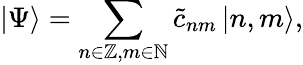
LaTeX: |\Psi\rangle=\sum_{n\in\mathbb{Z},m\in\mathbb{N}}\tilde{c}_{nm}\, |n,m\rangle,